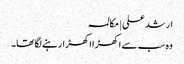
ارشد علی | مکالمہ
وہ سب سے اکھڑا اکھڑارہنے لگا تھا۔